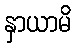
နှာယာမိ